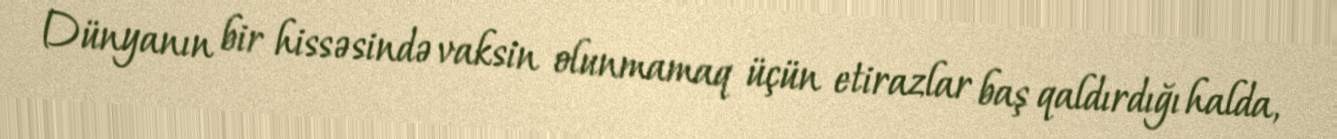
Dünyanın bir hissəsində vaksin olunmamaq üçün etirazlar baş qaldırdığı halda,